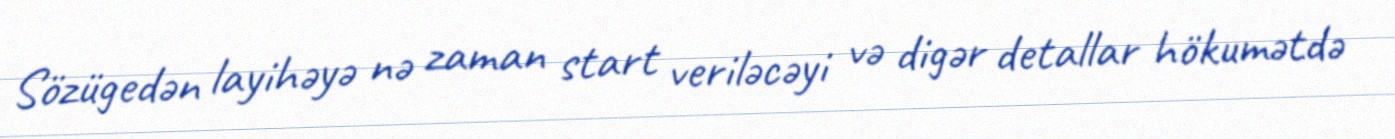
Sözügedən layihəyə nə zaman start veriləcəyi və digər detallar hökumətdə